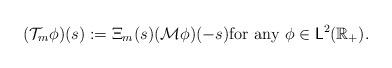
LaTeX: \begin{align*} (\mathcal T_m\phi)(s):= \Xi_m(s)(\mathcal M\phi)(-s) \textrm{for any }\phi\in \mathsf L^2(\mathbb R_+).\end{align*}